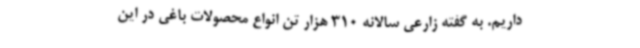
داریم. به گفته‌ زارعی سالانه 310 هزار تن انواع محصولات باغی در این